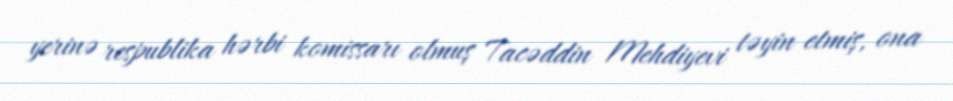
yerinə respublika hərbi komissarı olmuş Tacəddin Mehdiyevi təyin etmiş, ona